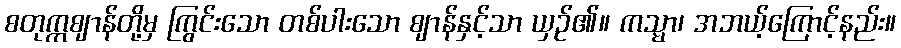
စတုက္ကဈာန်တို့မှ ကြွင်းသော တစ်ပါးသော ဈာန်နှင့်သာ ယှဉ်၏။ ကသ္မာ၊ အဘယ့်ကြောင့်နည်း။